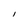
Character: I